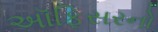
અૉફિસરનો